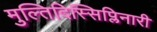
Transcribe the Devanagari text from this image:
मुल्तिदिस्सिप्लिनारी